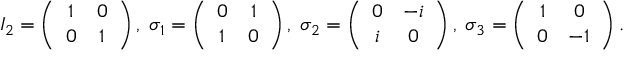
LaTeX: I _ { 2 } = \left( \begin{array} { c c } { { 1 } } & { { 0 } } \\ { { 0 } } & { { 1 } } \end{array} \right) , \; \sigma _ { 1 } = \left( \begin{array} { c c } { { 0 } } & { { 1 } } \\ { { 1 } } & { { 0 } } \end{array} \right) , \; \sigma _ { 2 } = \left( \begin{array} { c c } { { 0 } } & { { - i } } \\ { { i } } & { { 0 } } \end{array} \right) , \; \sigma _ { 3 } = \left( \begin{array} { c c } { { 1 } } & { { 0 } } \\ { { 0 } } & { { - 1 } } \end{array} \right) .